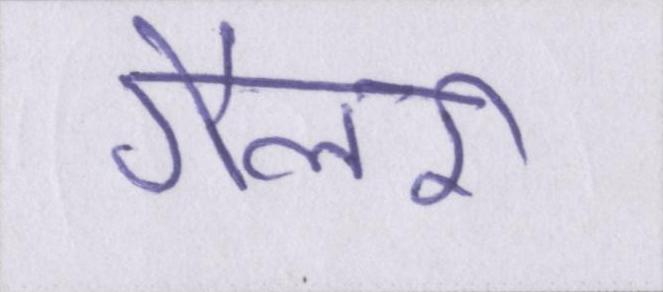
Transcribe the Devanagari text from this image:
गैलरी